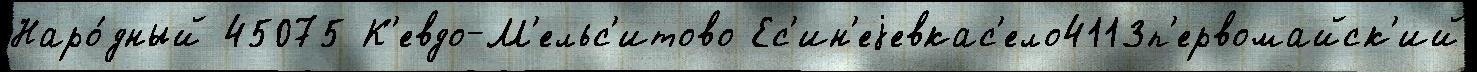
Наро́дный 45075 К'евдо-М'ельс'итово Ес'ин'еjевкас'ело4113п'ервомайск'ий